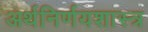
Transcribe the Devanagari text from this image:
अर्थनिर्णयशास्त्र